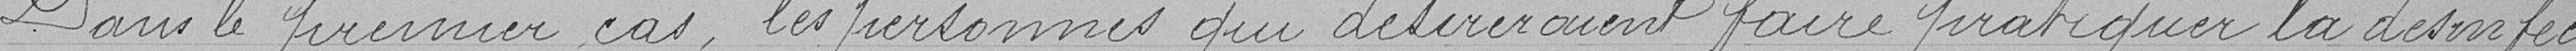
Dans le premier cas, les personnes qui désireraient faire pratiquer la désinfec